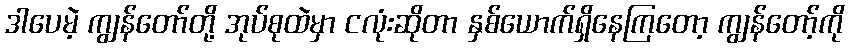
ဒါပေမဲ့ ကျွန်တော်တို့ အုပ်စုထဲမှာ ငလုံးဆိုတာ နှစ်ယောက်ရှိနေကြတော့ ကျွန်တော့်ကို